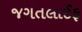
જગતલાઈફ